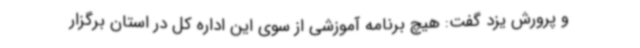
و پرورش یزد گفت: هیچ برنامه آموزشی از سوی این اداره کل در استان برگزار